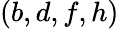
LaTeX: (b,d,f,h)